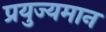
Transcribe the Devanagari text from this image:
प्रयुज्यमान